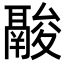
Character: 𩰽